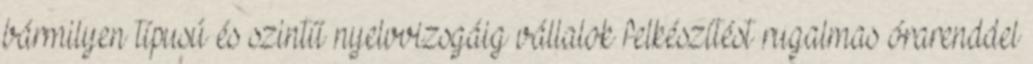
bármilyen típusú és szintű nyelvvizsgáig vállalok felkészítést rugalmas órarenddel